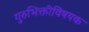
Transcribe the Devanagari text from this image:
गुरुभिक्तीविषयक